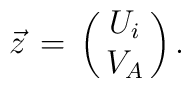
{\vec z}  \, = \, \left( \matrix{U_i\cr V_A \cr } \right).